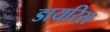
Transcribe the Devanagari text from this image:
डायरिस